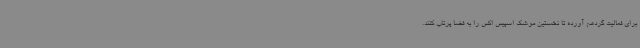
برای فعالیت گردهم آورده تا نخستین موشک اسپیس اکس را به فضا پرتاب کنند.